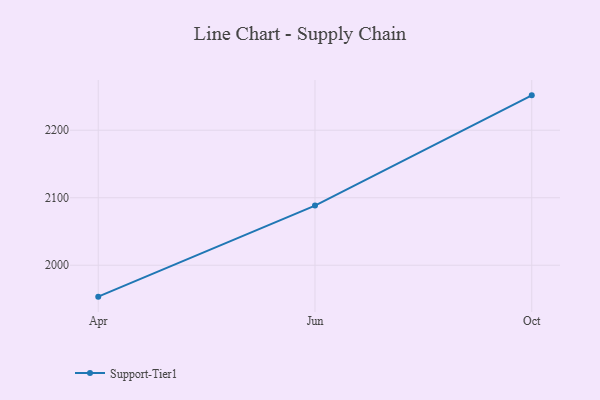
{"axis": {"x": "Month", "y": "Conversion Rate (%)"}, "legend": ["Support-Tier1"], "data": [{"x": "Apr", "y": 1953.5, "type": "Support-Tier1"}, {"x": "Jun", "y": 2088.4, "type": "Support-Tier1"}, {"x": "Oct", "y": 2251.6, "type": "Support-Tier1"}]}